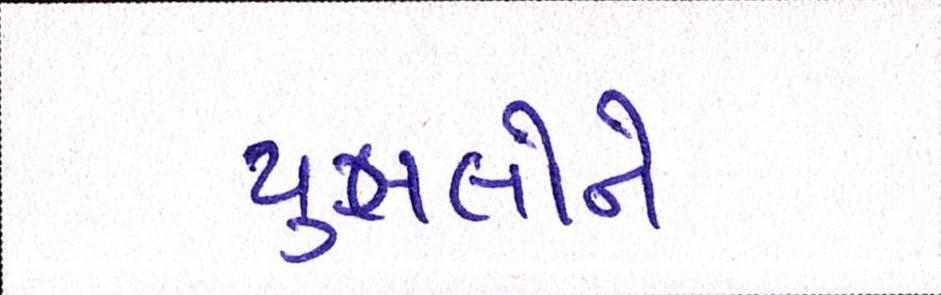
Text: યુગલોને